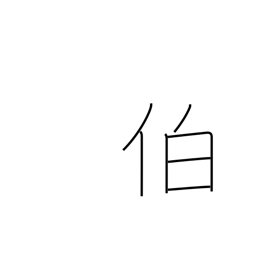
Meaning: chief